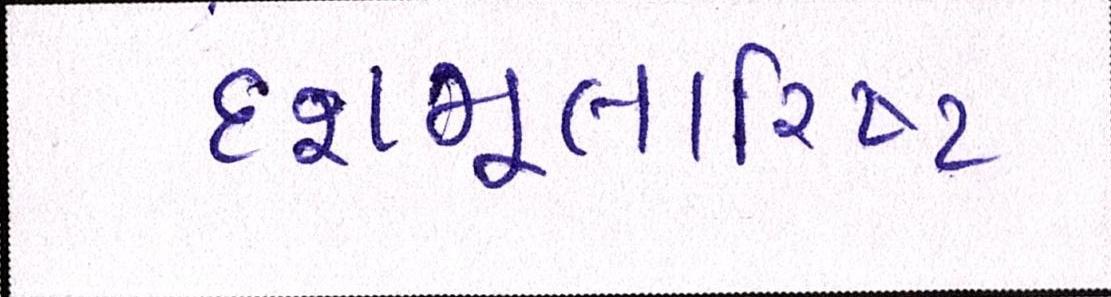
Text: દશમૂલારિષ્ટ